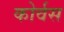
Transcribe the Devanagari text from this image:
कोर्वस